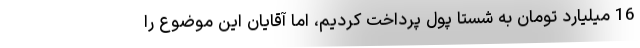
16 میلیارد تومان به شستا پول پرداخت کردیم، اما آقایان این موضوع را